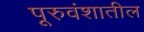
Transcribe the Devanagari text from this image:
पूरुवंशातील